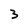
Character: 3